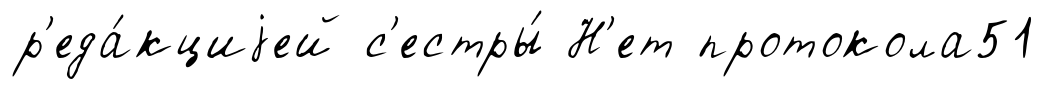
р'еда́кциjей с'естры́ Н'ет протокола51